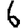
Digit: 6